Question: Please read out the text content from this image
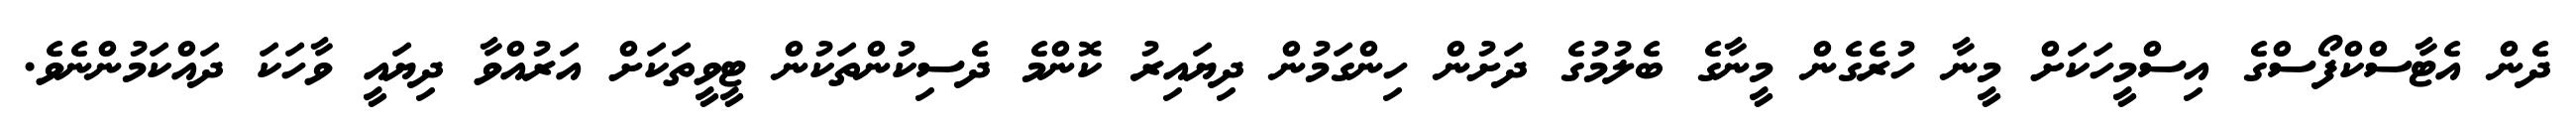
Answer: ދެން އެޓާސްކްފޯސްގެ އިސްމީހަކަށް މީނާ ހުރެގެން މީނާގެ ބެލުމުގެ ދަށުން ހިންގަމުން ދިޔައިރު ކޮންމެ ދެސިކުންތަކުން ޓީވީތަކަށް އަރުއްވާ ދިޔައީ ވާހަކަ ދައްކަމުންނެވެ.